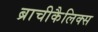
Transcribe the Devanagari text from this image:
ब्राचीकैलिक्स